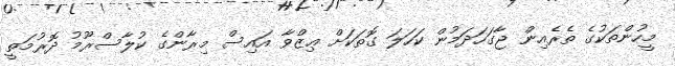
މީހުންތަކުގެ ތެރެއިން ޖާގަހަދަމުން ކަހަލަ ގޮތަކަށް ޢިޒްވާ އައިސް މިރާންގެ ކުލާސްރޫމު ދޮރުމަތީ